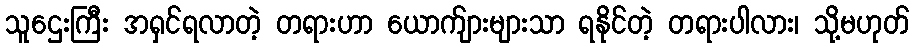
သူဌေးကြီး အရှင်ရလာတဲ့ တရားဟာ ယောက်ျားများသာ ရနိုင်တဲ့ တရားပါလား၊ သို့မဟုတ်